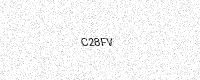
Text: C28FV